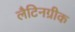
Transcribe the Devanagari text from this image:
लैटिनग्रीक